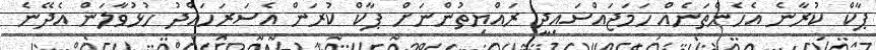
ޕާކް ކުރާނެ އެހެންތަނެއް ހަމަޖައްސައިދީ ރައްޔިތުންނަށް ޕާކް ކުރަން އެސަރަހައްދު ހުޅުވާލަން އެދޭނެ